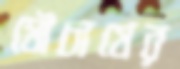
মৌচাষের